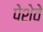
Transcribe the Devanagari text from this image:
पेशेवे